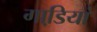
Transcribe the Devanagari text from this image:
गाडि़यां